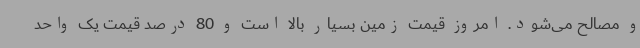
و مصالح می‌شود. امروز قیمت زمین بسیار بالا است و 80 درصد قیمت یک واحد